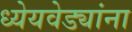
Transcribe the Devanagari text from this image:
ध्येयवेड्यांना